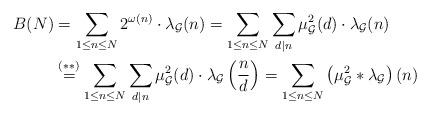
LaTeX: \begin{align*}B(N) &= \sum_{1\leq n \leq N} 2^{\omega(n)}\cdot \lambda_\mathcal{G}(n)=\sum_{1\leq n \leq N} \sum_{d|n} \mu^2_{\mathcal{G}}(d) \cdot \lambda_\mathcal{G}(n) \\&\stackrel{(**)}{=}\sum_{1\leq n \leq N} \sum_{d|n} \mu^2_{\mathcal{G}}(d) \cdot \lambda_\mathcal{G}\left(\frac{n}{d}\right) =\sum_{1\leq n \leq N}\left(\mu^2_{\mathcal{G}} * \lambda_\mathcal{G}\right)(n)\end{align*}